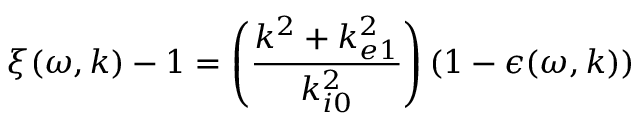
\xi ( \omega , \boldsymbol { k } ) - 1 = \left( \frac { k ^ { 2 } + k _ { e 1 } ^ { 2 } } { k _ { i 0 } ^ { 2 } } \right) ( 1 - \epsilon ( \omega , \boldsymbol { k } ) )